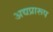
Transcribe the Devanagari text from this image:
अद्यप्रारूप